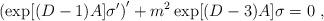
LaTeX: \begin{align*} \left(\exp[(D-1)A]\sigma^\prime\right)^\prime+m^2\exp[(D-3)A]\sigma=0~,\end{align*}